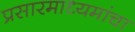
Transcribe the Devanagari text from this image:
प्रसारमाध्यमांचा